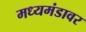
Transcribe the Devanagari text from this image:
मध्यमंडावर